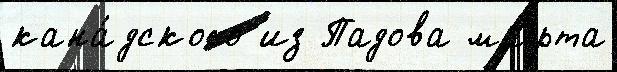
кана́дского из Падова ма́рта